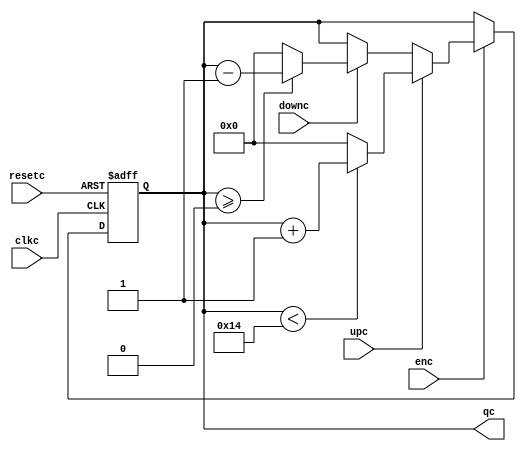
`timescale 1ns / 1ps
//////////////////////////////////////////////////////////////////////////////////
// Company: 
// Engineer: 
// 
// Design Name: 
// Module Name:    Contador_Corriente 
// Project Name: 
// Target Devices: 
// Tool versions: 
// Description: 
//
// Dependencies: 
//
// Revision: 
// Revision 0.01 - File Created
// Additional Comments: 
//
//////////////////////////////////////////////////////////////////////////////////
module Contador_Corriente(
		input wire clkc,
		input wire resetc,
		input wire enc,
		input wire upc,
		input wire downc,
		output wire [4:0] qc
		
    );

//Signal Declarations
reg [4:0]q_actc, q_nextc;


//Body of "state" registers
always@(posedge clkc,posedge resetc)
	if(resetc)
		q_actc <= 5'b0;
	else
		q_actc <= q_nextc;

//Specified functions of the counter 		
always@*
begin
	if(enc)
	begin
		if(upc) 
			begin
				if(qc < 5'd20) 
				begin
					q_nextc = q_actc + 5'b1;
				
				end
				else 
					q_nextc = 5'b0;
			end
		else if(downc)
			begin
				if (qc >= 5'b0) begin				
						q_nextc = q_actc - 5'sb1;
				end
				else 
					q_nextc=0;		
						
				
			end
		else 
			q_nextc = q_actc;
	end
	else 
		q_nextc = q_actc;

end


//Output Logic
assign qc = q_actc;
 
endmodule